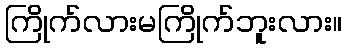
ကြိုက်လားမကြိုက်ဘူးလား။